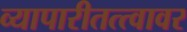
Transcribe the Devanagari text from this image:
व्यापारीतत्त्वावर